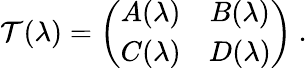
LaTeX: {\cal T}(\lambda)=\left(\begin{array}{cc}{{A(\lambda)}}&{{B(\lambda)}}\\ {{C(\lambda)}}&{{D(\lambda)}}\end{array}\right)\ .